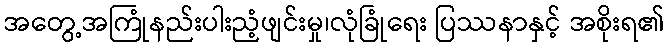
အတွေ့အကြုံနည်းပါးညံ့ဖျင်းမှု၊လုံခြုံရေး ပြဿနာနှင့် အစိုးရ၏